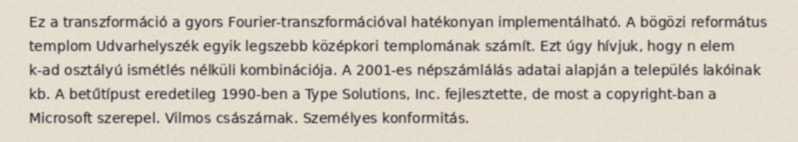
Ez a transzformáció a gyors Fourier-transzformációval hatékonyan implementálható. A bögözi református templom Udvarhelyszék egyik legszebb középkori templomának számít. Ezt úgy hívjuk, hogy n elem k-ad osztályú ismétlés nélküli kombinációja. A 2001-es népszámlálás adatai alapján a település lakóinak kb. A betűtípust eredetileg 1990-ben a Type Solutions, Inc. fejlesztette, de most a copyright-ban a Microsoft szerepel. Vilmos császárnak. Személyes konformitás.